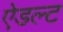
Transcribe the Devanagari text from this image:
ऐडल्ट